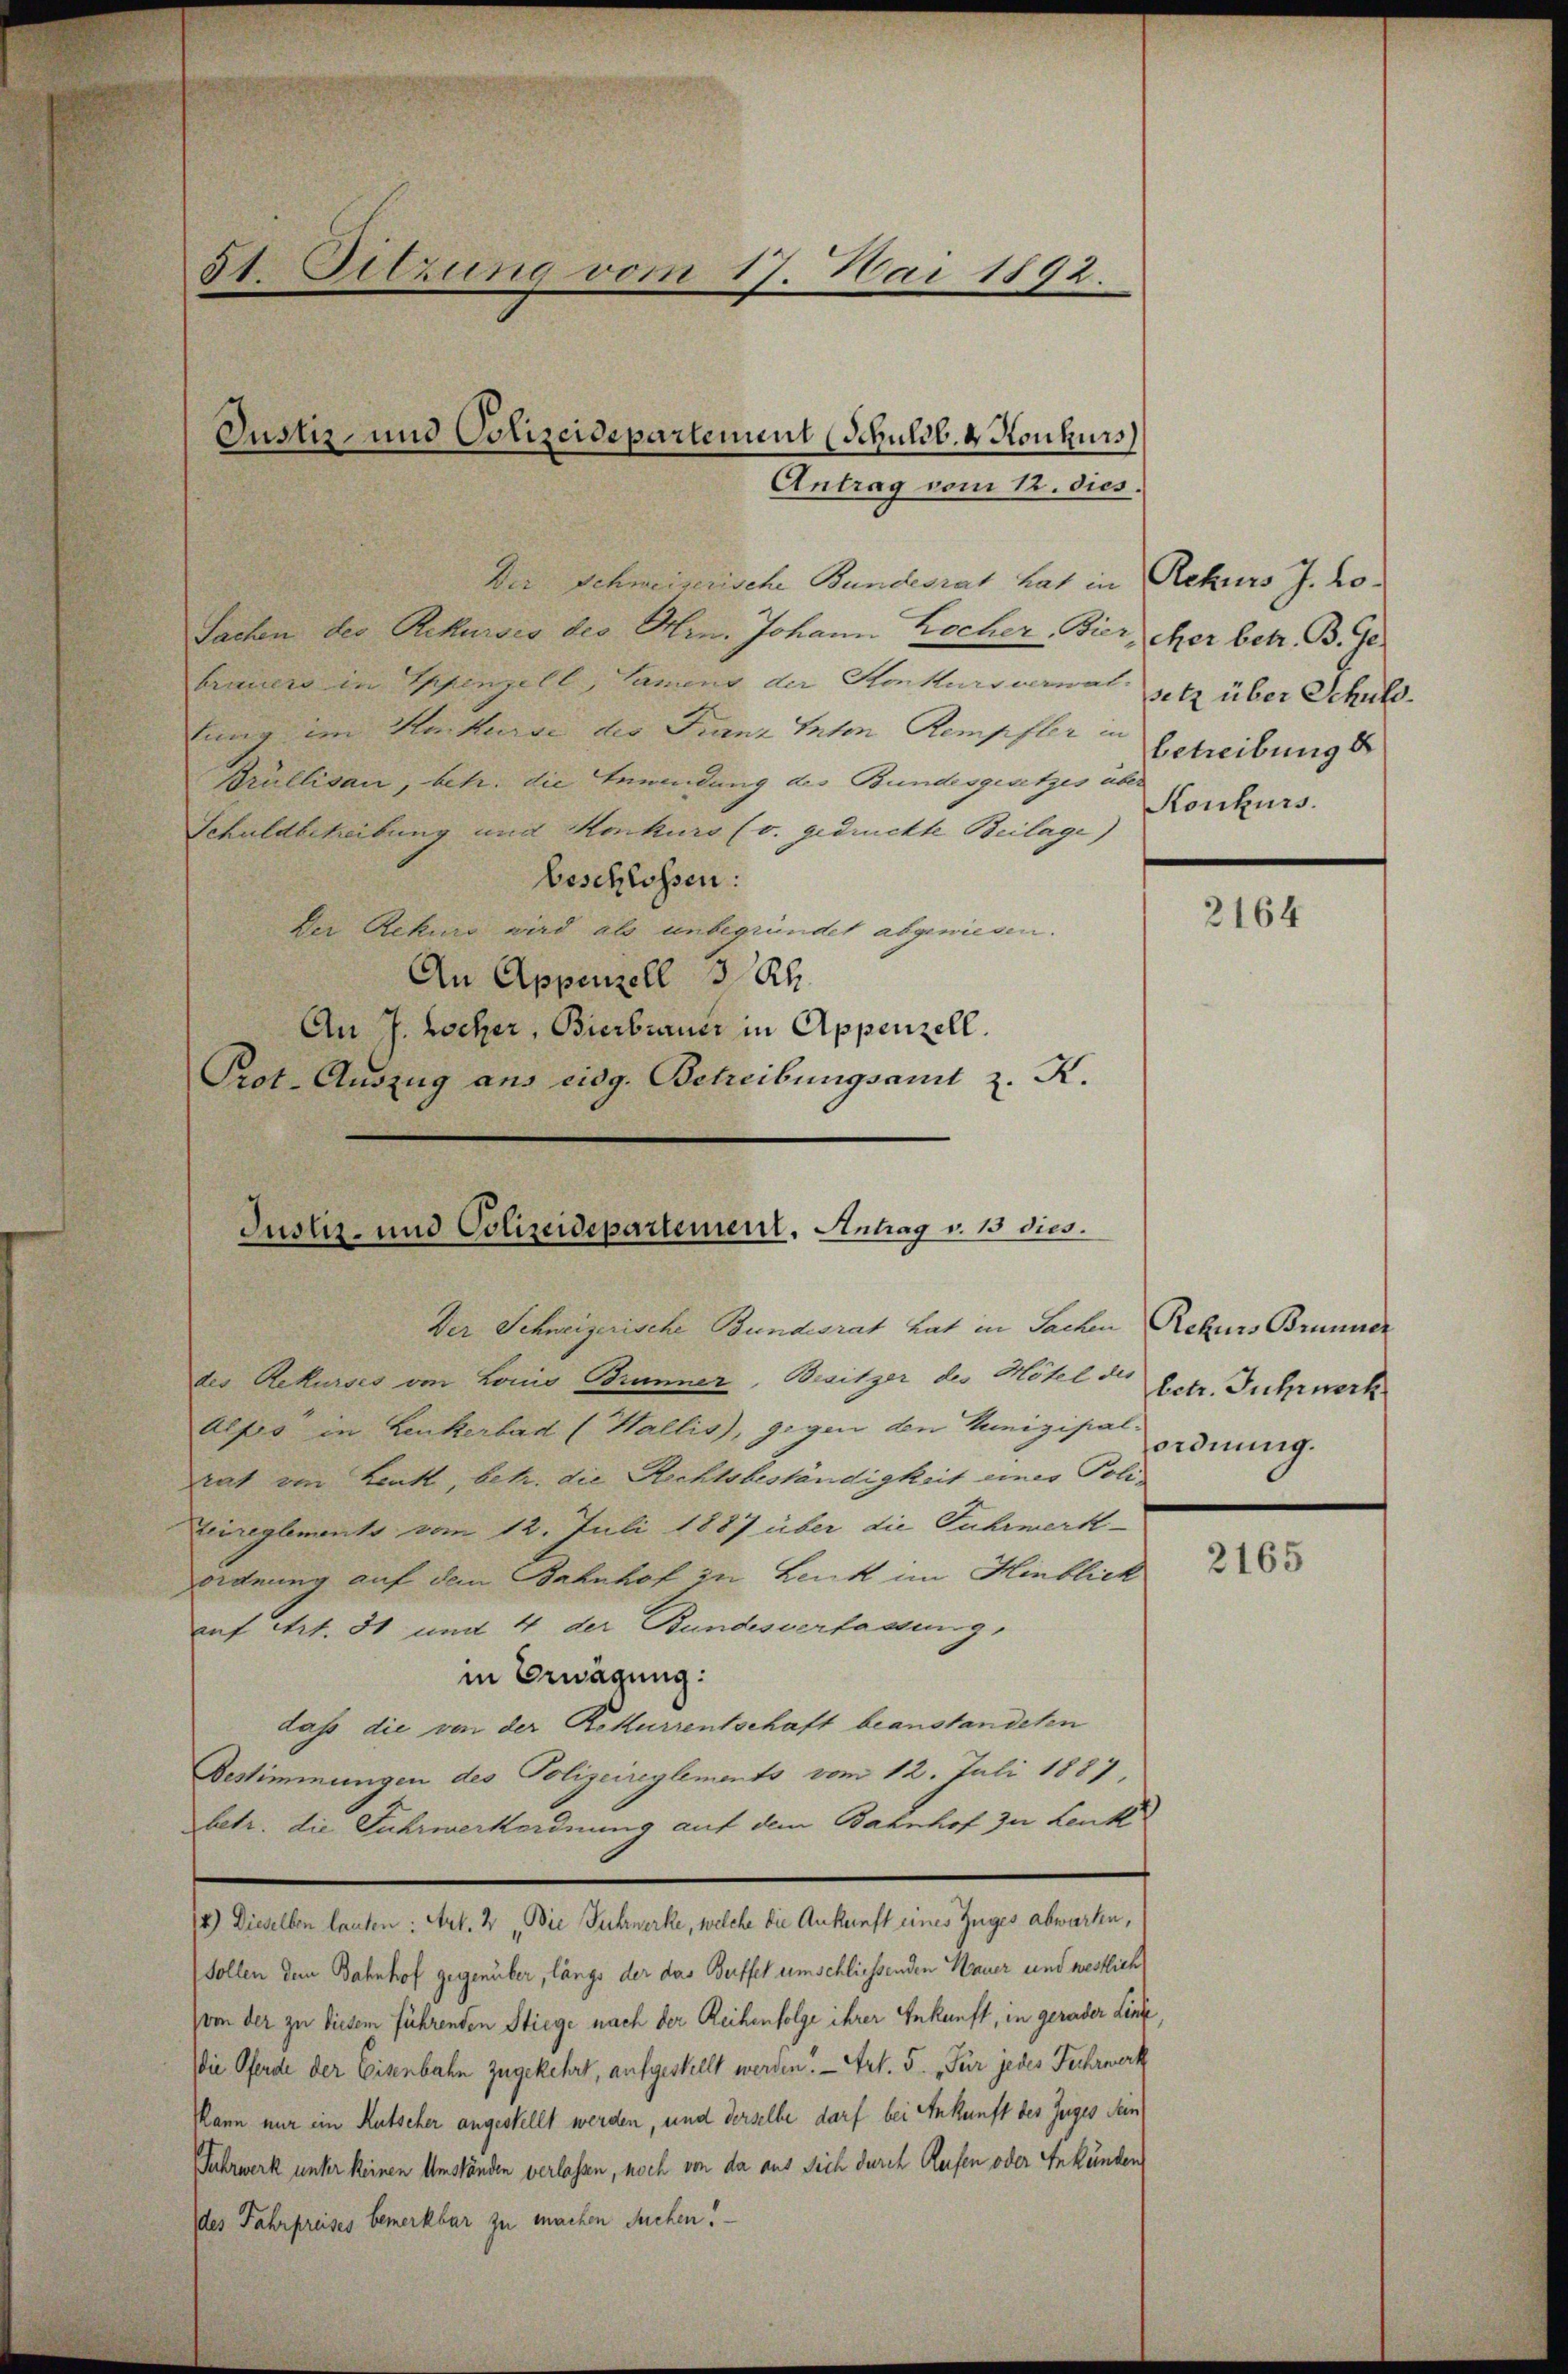
8t. Sitzung vom 17. Mai 1892.

Justiz- und Polizeidepartement (Schuldb. 4. Konkurs

Der Schmeiserische Bundesrat hat in Rekurs J. Lo¬
Sachen der Rekurses des Hrn. Johann Becher, Bier, cher betr. B. Gebrauers in Appenzell, Samens die Stonkurs verwaltung im Herkurse des Franz Inten Kempter in
Brüllisau, betr. die Anwendung des Bundesgesetzes über
Schuldbehebung und Konkurs (v. gedruckte Beilage)
beschlossen:
Der Rekurs wird als unbegründet abgewiesen.
An Appenzell 3 Rh
An J. Locher, Bierbrauer in Appenzell.
Prot. Auszug aus eidg. Betreibungsamst z. K.

Der Schweizerische Bundesrat hat in Sachen Rekurs Brunner
des Rekurses von Louis Brunner, Besitzer des Hotel des
Alps in Leukerbad (Wallis, gegen den Munizipalrat von Lenk, betr. die Rechtsbeständigkeit einer Poli-
Zeireglements vom 12. Juli 1887 über die Fuhrmerk-
ordnung auf dem Bahnhof in Lenk im Hinblick
auf Art. 51 und 4 der Bundesverfassung,
in Erwägung:
dass die von der Rekurrentschaft beanstandeten
Bestimmungen des Polizeireglements vom 12. Juli 1887,
betr. die Fuhrwerkordnung auf dem Bahnhof zu Lenk
14.) Dieselben lauten: Art. 2. Die Fuhrwerke, welche die Ankunft eines Zuges abwarte,
Sollen dem Bahnhof gegenüber, längs der das Berffel umschliessenden Neuer und westlich
om der zu diesem führenden Stiege nach der Reihenfolge ihrer Ankunft, in gerader Linz,
die Pferde der Eisenbahn zugekehrt, aufgestellt werden. — Art. 5. Für jedes Fehrwerk
Kann nur ein Rutscher angestellt werden, und derselbe darf bei Ankunft des Zuges dein
Juhrwerk unter keinen Umständen verlassen, noch von da aus sich durch Reifen oder Erkunden
Ides Fahrpreises bemerkbar zu machen Suchen!

Antrag vom 12. dies.

Justiz- und Polizeidepartement, Antrag v. 15 dies.

setz über Schuld.
betreibung d
Konkurs.

2164

betr. Jahrnerk
ordnung.

2165